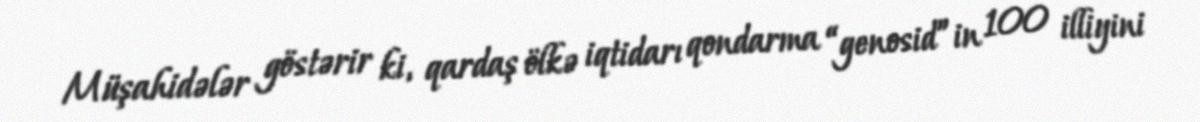
Müşahidələr göstərir ki, qardaş ölkə iqtidarı qondarma “genosid”in 100 illiyini